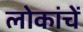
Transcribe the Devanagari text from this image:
लोकांचें